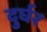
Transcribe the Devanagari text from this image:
दुर्घर